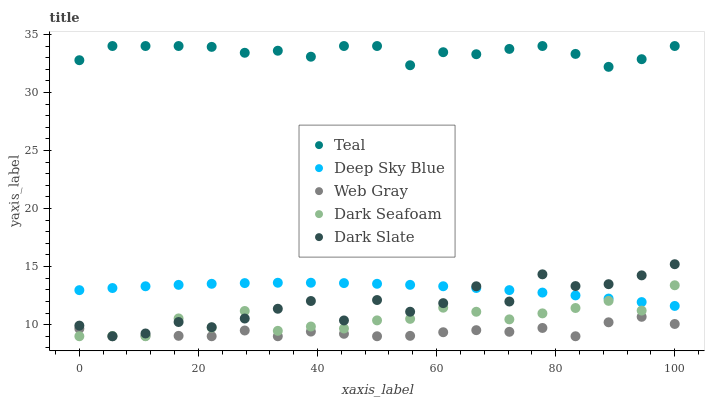
| xaxis_label | Teal | Deep Sky Blue | Web Gray | Dark Seafoam | Dark Slate |
 | --- | --- | --- | --- | --- | --- |
 | 0 | 32.8 | 13 | 9.65 | 9 | 9.92 |
 | 5.56 | 34 | 13.2 | 9 | 9.02 | 9 |
 | 11.1 | 34 | 13.3 | 9.04 | 9 | 9.24 |
 | 16.7 | 34 | 13.4 | 9.03 | 10.5 | 10.2 |
 | 22.2 | 33.9 | 13.5 | 9 | 9.74 | 9.78 |
 | 27.8 | 33.4 | 13.6 | 9.5 | 11.2 | 10.5 |
 | 33.3 | 33.6 | 13.6 | 9 | 9.47 | 11.4 |
 | 38.9 | 33.1 | 13.6 | 9.4 | 9.84 | 12 |
 | 44.4 | 34 | 13.6 | 9.21 | 9.67 | 10.4 |
 | 50 | 34 | 13.5 | 9 | 10.4 | 12.1 |
 | 55.6 | 32.3 | 13.4 | 9.04 | 10.5 | 11.1 |
 | 61.1 | 33.5 | 13.3 | 9.35 | 11.5 | 11.9 |
 | 66.7 | 33.3 | 13.2 | 9.52 | 11.1 | 13.3 |
 | 72.2 | 33.8 | 13 | 9.38 | 10.5 | 12 |
 | 77.8 | 34 | 12.8 | 9.72 | 11 | 14.3 |
 | 83.3 | 33.3 | 12.5 | 9 | 11.4 | 13.3 |
 | 88.9 | 32.2 | 12.2 | 10.2 | 12 | 13.5 |
 | 94.4 | 32.9 | 11.9 | 10.7 | 11.2 | 14.2 |
 | 100 | 34 | 11.6 | 10.1 | 13.4 | 15.2 |